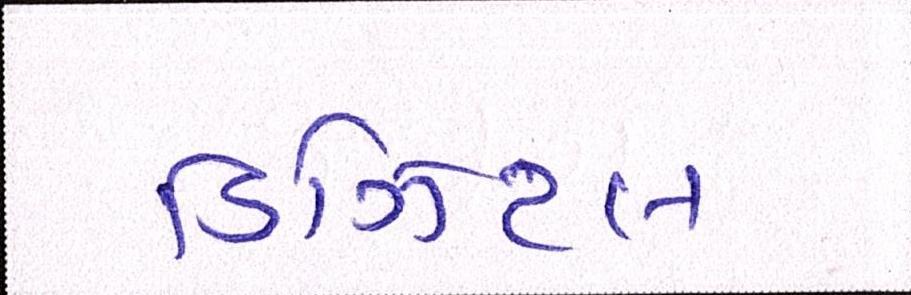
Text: ડિઝિટલ